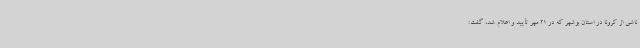
ناشی از کرونا در استان بوشهر که در 21 مهر تأیید و اعلام شد، گفت: